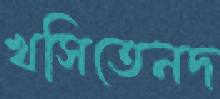
খসিতেনদ